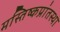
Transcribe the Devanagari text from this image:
मस्तिष्कप्रांतस्था